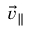
{ \vec { v } } _ { \| }